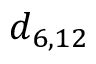
d _ { 6 , 1 2 }